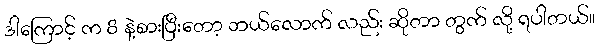
ဒါကြောင့် က 8 နဲ့စားပြီးတော့ ဘယ်လောက် လည်း ဆိုတာ တွက် လို့ ရပါတယ်။